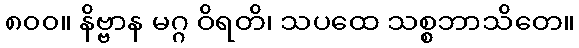
၈၀၀။ နိဗ္ဗာန မဂ္ဂ ဝိရတိ၊ သပထေ သစ္စဘာသိတေ။